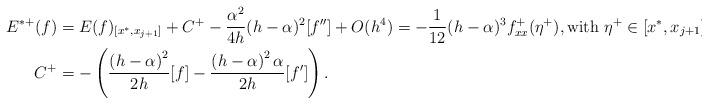
LaTeX: \begin{align*}\begin{aligned}E^{*+}(f)&=E(f)_{[x^*,x_{j+1}]}+C^+-\frac{\alpha^2}{4h}(h-\alpha)^2[f'']+O(h^4)=-\frac{1}{12}(h-\alpha)^3 f^+_{xx}(\eta^+),\textrm{with } \eta^+\in [x^*, x_{j+1}],\\C^+&=-\left({\frac { \left( h-{\alpha} \right)^2}{2h}} [f]-{\frac { \left( h-{\alpha} \right)^2\alpha }{2h}}[f']\right).\end{aligned}\end{align*}